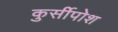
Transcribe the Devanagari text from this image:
कुर्सीपोश